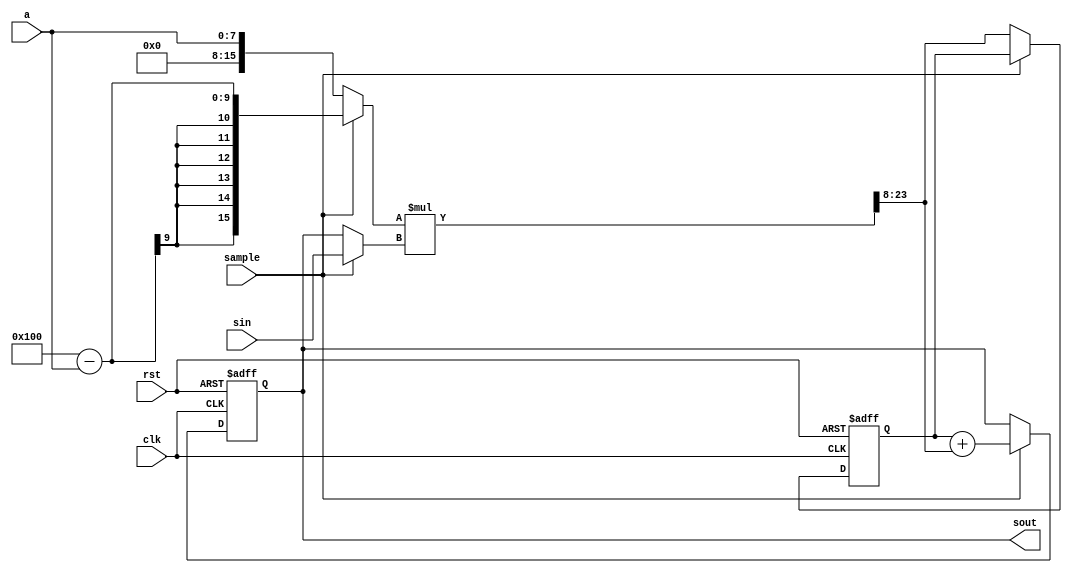
/* This file is part of JTFRAME.


    JTFRAME program is free software: you can redistribute it and/or modify
    it under the terms of the GNU General Public License as published by
    the Free Software Foundation, either version 3 of the License, or
    (at your option) any later version.

    JTFRAME program is distributed in the hope that it will be useful,
    but WITHOUT ANY WARRANTY; without even the implied warranty of
    MERCHANTABILITY or FITNESS FOR A PARTICULAR PURPOSE.  See the
    GNU General Public License for more details.

    You should have received a copy of the GNU General Public License
    along with JTFRAME.  If not, see <http://www.gnu.org/licenses/>.

    Author: Jose Tejada Gomez. Twitter: @topapate
    Version: 1.0
    Date: 13-1-2021

*/

// Single pole IIR filter
// y[k] = a * y[k-1] + (1-a) * x[k]
//
// where a = exp(-wc ), a<1
// wc = radian normalized frequency
// There is no overflow check

module jtframe_pole #(parameter
    WS=16,      // Assuming that the signal is fixed point
    WA=WS/2     // WA is only the decimal part
)(
    input                      rst,
    input                      clk,
    input                      sample,
    input      signed [WS-1:0] sin,
    input             [WA-1:0] a,    // coefficient, unsigned
    output reg signed [WS-1:0] sout
);

localparam [WS-1:0] ZERO={WS{1'b0}}, ONE={ {WS-WA-1{1'b0}}, 1'b1, {WA{1'b0}}};
reg signed [WS-1:0] factor, last_prod, fmux;

wire signed [   WS-1:0] aext = { {WS-WA{1'b0}}, a };
reg  signed [ 2*WS-1:0] prod;

always @(*) begin
    factor = sample ? (ONE-aext) : aext;
    fmux   = sample ? sin : sout;
    prod   = factor * fmux;
end

always @(posedge clk, posedge rst) begin
    if( rst ) begin
        sout      <= ZERO;
        last_prod <= ZERO;
    end else begin
        if(sample)
            sout <= last_prod + prod[WS+WA-1:WA];
        else
            last_prod <= prod[WS+WA-1:WA];
    end
end

endmodule